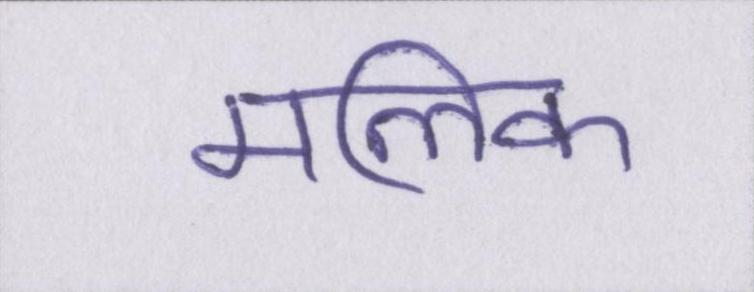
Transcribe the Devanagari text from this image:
मलिक